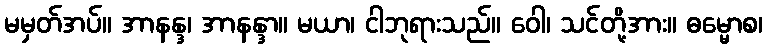
မမှတ်အပ်။ အာနန္ဒ၊ အာနန္ဒာ။ မယာ၊ ငါဘုရားသည်။ ဝေါ၊ သင်တို့အား။ ဓမ္မောစ၊